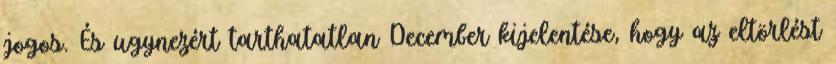
jogos. És ugynezért tarthatatlan December kijelentése, hogy az eltörlést